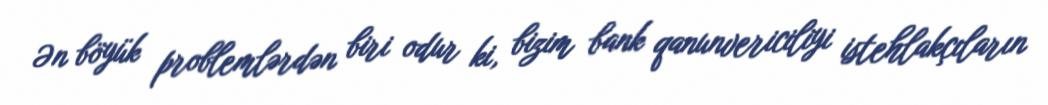
Ən böyük problemlərdən biri odur ki, bizim bank qanunvericiliyi istehlakçıların